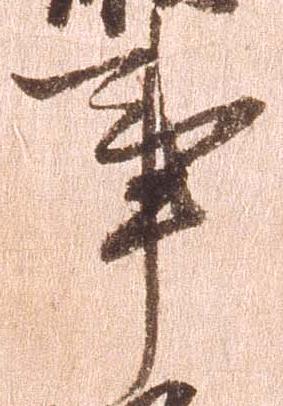
事